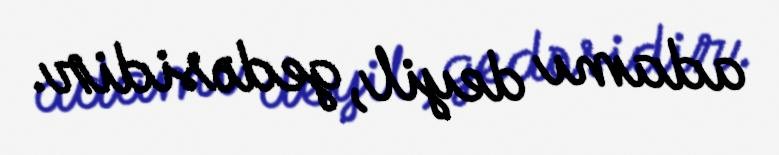
adamı deyil, gedəsidir.